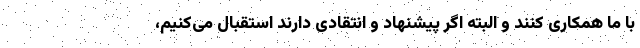
با ما همکاری کنند و البته اگر پیشنهاد و انتقادی دارند استقبال می‌کنیم،